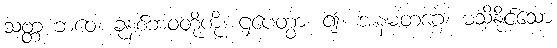
သတ္တ ဘဝေ၊ ခုနစ်ဘဝတို့ကို။ ဌပေတွာ၊ ၍။ အနမတဂ္ဂေ၊ မသိနိုင်သော